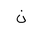
Letter: _non